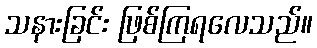
သနားခြင်း ဖြစ်ကြရလေသည်။